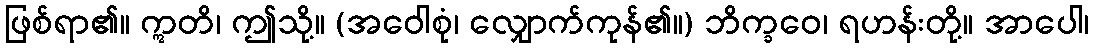
ဖြစ်ရာ၏။ ဣတိ၊ ဤသို့။ (အဝေါစုံ၊ လျှောက်ကုန်၏။) ဘိက္ခဝေ၊ ရဟန်းတို့။ အာပေါ၊